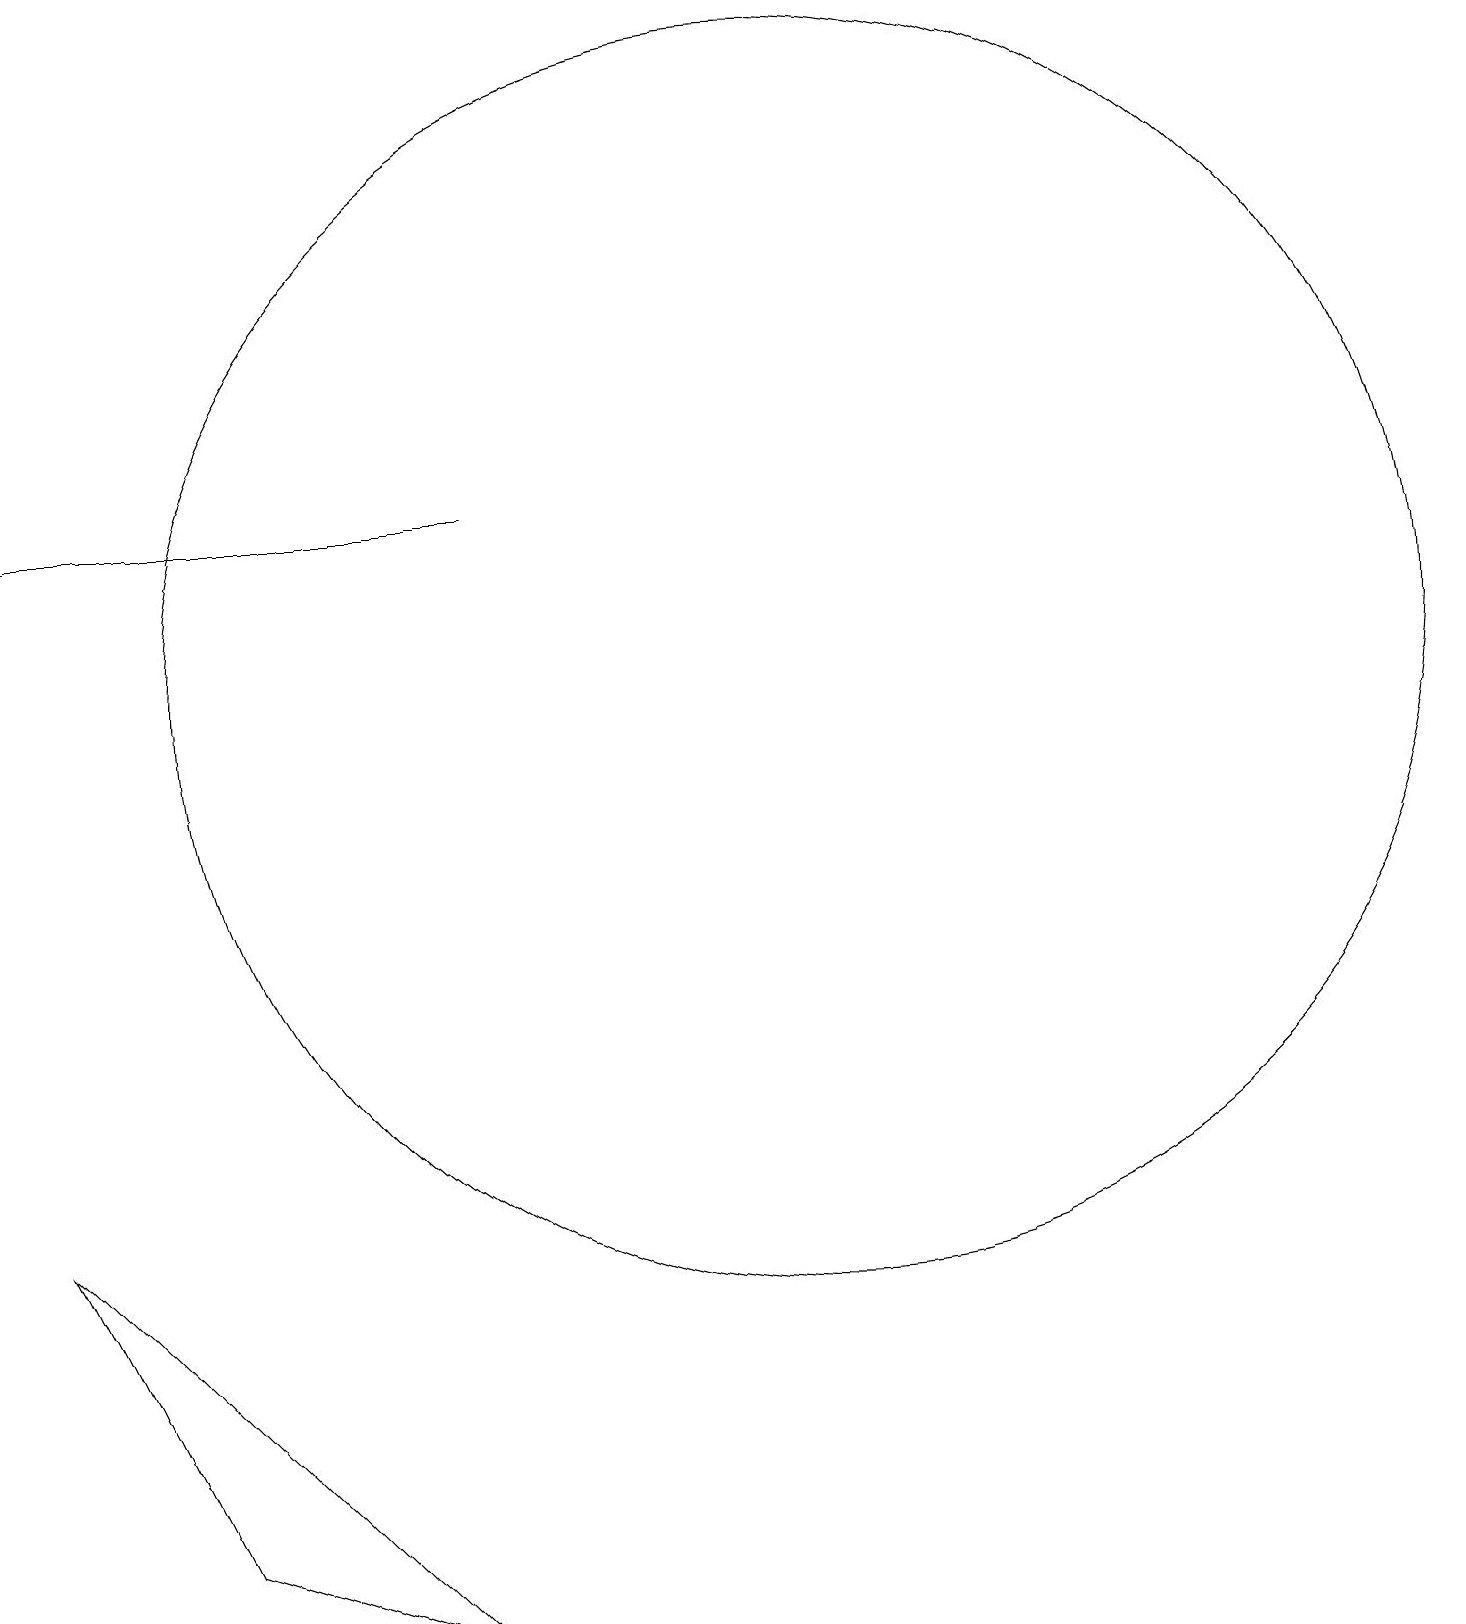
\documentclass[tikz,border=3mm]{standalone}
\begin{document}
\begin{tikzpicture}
\draw (11,12) circle (8);
\draw (1,14) rectangle (7,14);
\draw (6,0) -- (1,5) -- (3,1) -- cycle;
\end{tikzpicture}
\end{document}